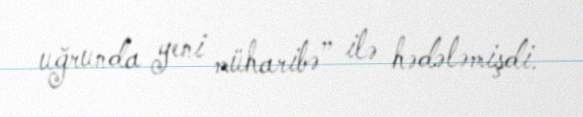
uğrunda yeni müharibə” ilə hədələmişdi.